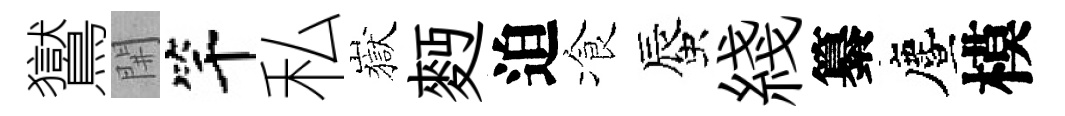
鸑𨳩竿私嶽麪迫飡蜃綫纂󵨌模